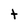
Character: t